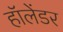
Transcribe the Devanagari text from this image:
हॉलेंडर